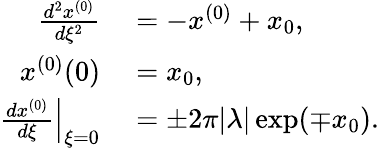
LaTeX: \begin{array}{rl}{\frac{d^{2}x^{(0)}}{d\xi^{2}}}&{{}=-x^{(0)}+x_{0},}\\ {x^{(0)}(0)}&{{}=x_{0},}\\ {\left.\frac{dx^{(0)}}{d\xi}\right|_{\xi=0}}&{{}=\pm 2\pi|\lambda|\exp(\mp x_{0}).}\end{array}